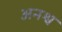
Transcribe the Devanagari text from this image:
अनश्व